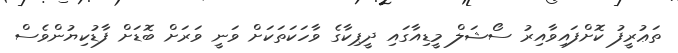
ތަޢުރީފު ކޮށްފައިވާއިރު ސޯޝަލް މީޑިއާގައި ދީޕިކާގެ ވާހަކަތަކަށް ވަނީ ވަރަށް ބޮޑަށް ފާޑުކިޔުންވެސް